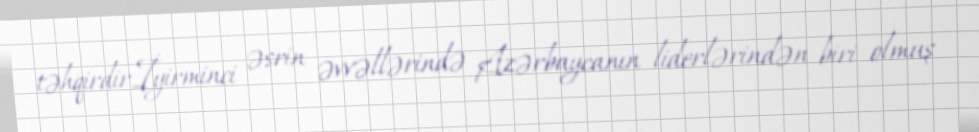
təhqirdir.İyirminci əsrin əvvəllərində Azərbaycanın liderlərindən biri olmuş